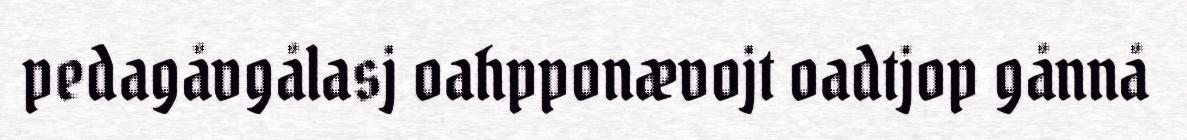
pedagåvgålasj oahpponævojt oadtjop gånnå